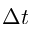
\Delta t